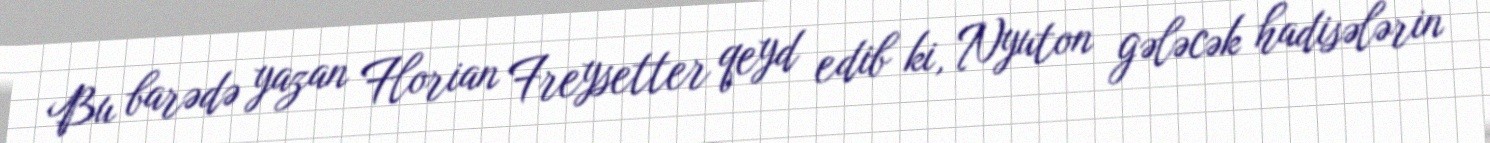
Bu barədə yazan Florian Freysetter qeyd edib ki, Nyuton gələcək hadisələrin